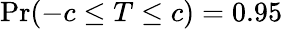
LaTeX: \operatorname*{Pr}(-c\leq T\leq c)=0.95